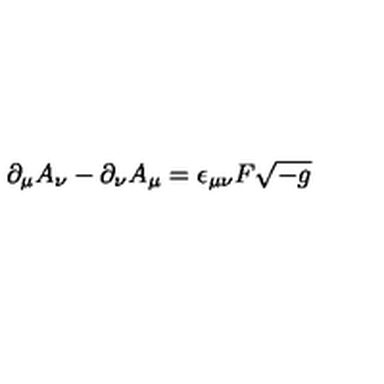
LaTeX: \partial _ { \mu } A _ { \nu } - \partial _ { \nu } A _ { \mu } = \epsilon _ { \mu \nu } F \sqrt { - g }